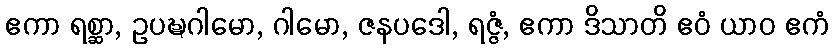
ဧကာ ရစ္ဆာ, ဥပဍ္ဎဂါမော, ဂါမော, ဇနပဒေါ, ရဇ္ဇံ, ဧကာ ဒိသာတိ ဧဝံ ယာဝ ဧကံ